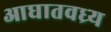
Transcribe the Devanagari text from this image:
आघातवध्र्य